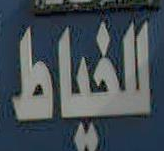
الخياط